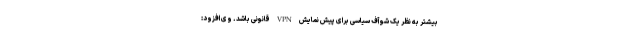
بیشتر به نظر یک شو آف سیاسی برای پیش نمایش VPN قانونی باشد. وی افزود: